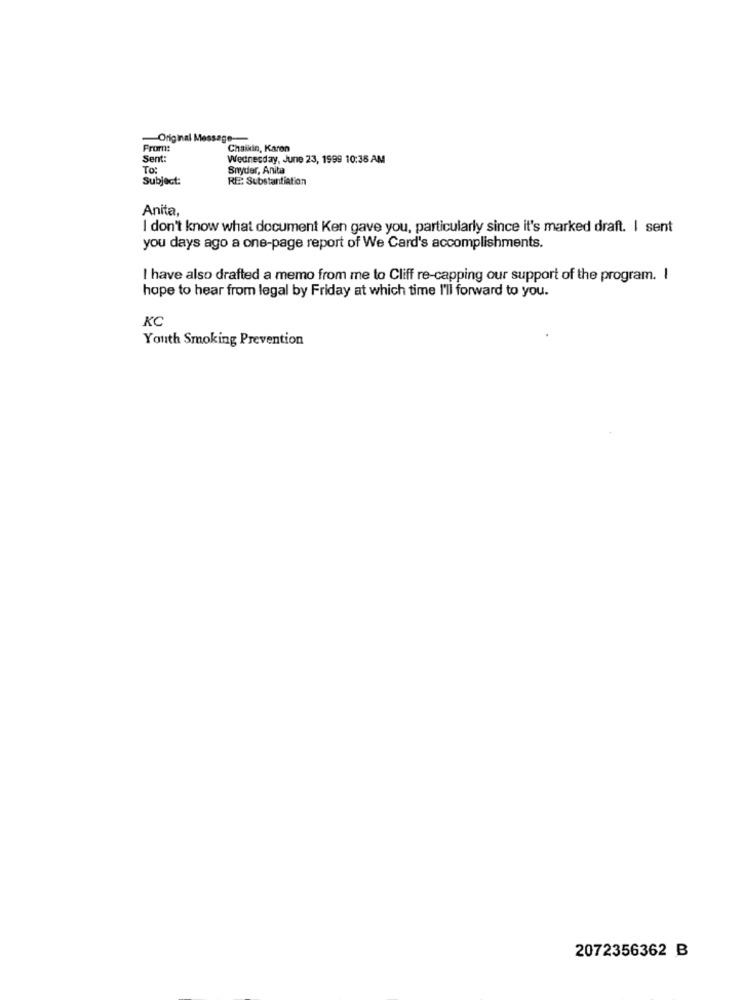
Original Mes
From:
Chaikin, Karen
Sent:
Wednesday, June 23, 1999 10:35 AM
To:
Snyder, Anita
Subject:
RE: Substantiation
Anita
I don't know what document Ken gave you, particularly since it's marked draft. I sent
you days ago a one-page report of We Card's accomplishments.
I have also drafted a memo from me to Cliff re-capping our support of the program. I
hope to hear from legal by Friday at which time I'll forward to you.
KC
Youth Smoking Prevention
2072356362 B